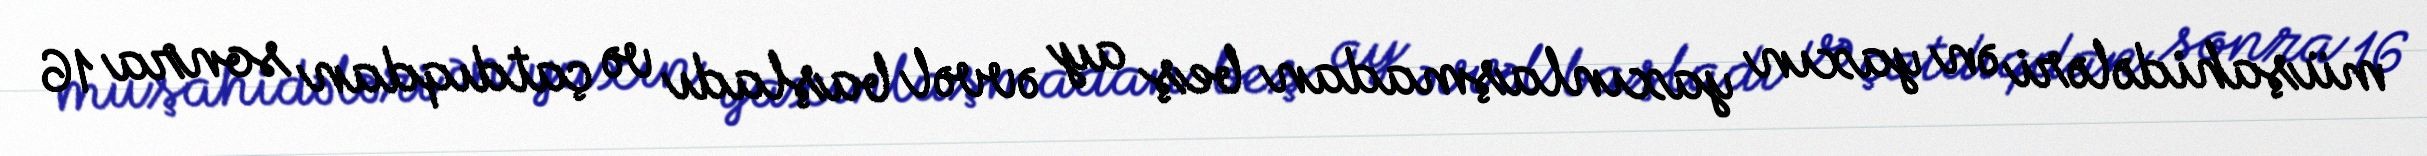
müşahidələri ən yaxın yaxınlaşmadan beş ay əvvəl başladı və çatdıqdan sonra 16